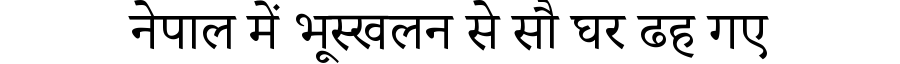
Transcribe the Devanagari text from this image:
नेपाल में भूस्खलन से सौ घर ढह गए